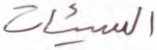
السيئات